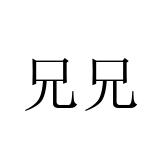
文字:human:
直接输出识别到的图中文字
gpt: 兄兄